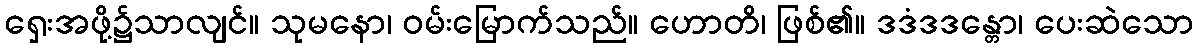
ရှေးအဖို့၌သာလျင်။ သုမနော၊ ဝမ်းမြောက်သည်။ ဟောတိ၊ ဖြစ်၏။ ဒဒံဒဒန္တော၊ ပေးဆဲသော